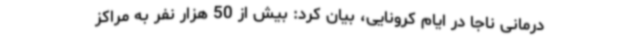
درمانی ناجا در ایام کرونایی، بیان کرد: بیش از 50 هزار نفر به مراکز